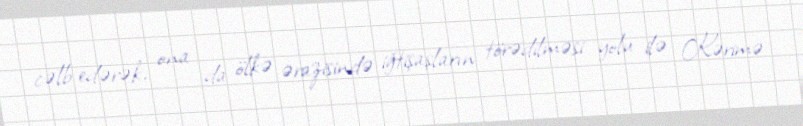
cəlb edərək, ona da ölkə ərazisində iğtişaşların törədilməsi yolu ilə Kərimə